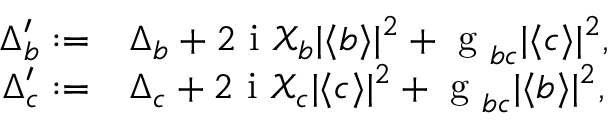
\begin{array} { r l } { \Delta _ { b } ^ { \prime } : = } & { { } \Delta _ { b } + 2 \mathrm { ~ i ~ } \mathcal { X } _ { b } | \langle b \rangle | ^ { 2 } + \mathrm { ~ g ~ } _ { b c } | \langle c \rangle | ^ { 2 } , } \\ { \Delta _ { c } ^ { \prime } : = } & { { } \Delta _ { c } + 2 \mathrm { ~ i ~ } \mathcal { X } _ { c } | \langle c \rangle | ^ { 2 } + \mathrm { ~ g ~ } _ { b c } | \langle b \rangle | ^ { 2 } , } \end{array}